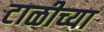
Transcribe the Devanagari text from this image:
टाळीच्या